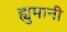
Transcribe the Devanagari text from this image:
ह्युमानी